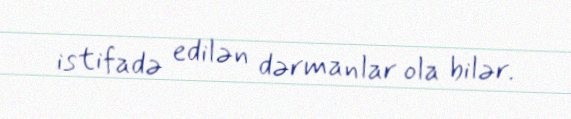
istifadə edilən dərmanlar ola bilər.